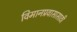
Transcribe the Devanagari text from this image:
विमानप्रवासासाठी